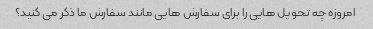
امروزه چه تحویل هایی را برای سفارش هایی مانند سفارش ما ذکر می کنید؟